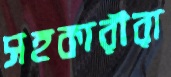
সহকারীরা